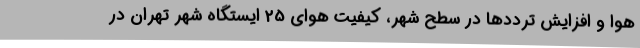
هوا و افزایش ترددها در سطح شهر، کیفیت هوای 25 ایستگاه شهر تهران در